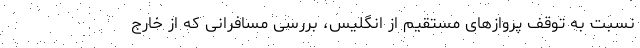
نسبت به توقف پروازهای مستقیم از انگلیس، بررسی مسافرانی که از خارج